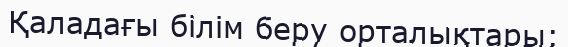
Қаладағы білім беру орталықтары: